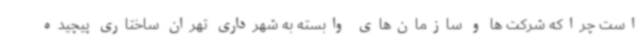
است چراکه شرکت ها و سازمان‌های وابسته به شهرداری تهران ساختاری پیچیده